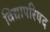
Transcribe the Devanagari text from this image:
विद्यापरिषद